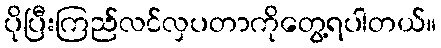
ပိုပြီးကြည်လင်လှပတာကိုတွေ့ရပါတယ်။